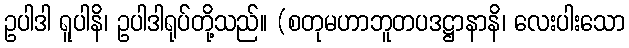
ဥပါဒါ ရူပါနိ၊ ဥပါဒါရုပ်တို့သည်။ (စတုမဟာဘူတပဒဋ္ဌာနာနိ၊ လေးပါးသော